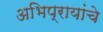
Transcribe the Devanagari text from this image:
अभिप्रायांचे